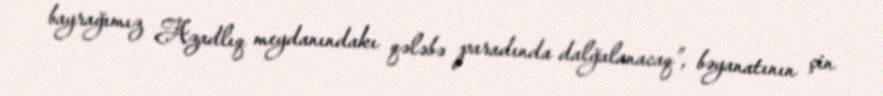
bayrağımız Azadlıq meydanındakı qələbə paradında dalğalanacaq”, bəyanatının çin